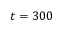
t = 3 0 0